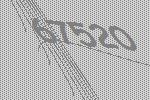
67520